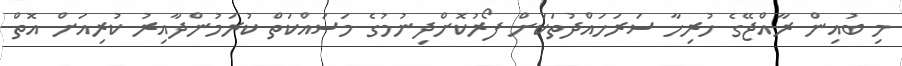
މި ބުއިން ރާއްޖޭގެ ހުރިހާ ސަރަހައްދުތަކަށް ފޯރުކޮށްދިނުމުގެ މަސައްކަތް ކުރަމުންދާއިރު ކުރިއަށް އޮތް